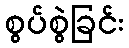
စွပ်စွဲခြင်း